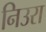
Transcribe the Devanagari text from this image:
निउरा